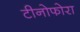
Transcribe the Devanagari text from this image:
टीनोफोरा